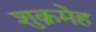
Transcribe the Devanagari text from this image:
शुक्रमेह